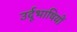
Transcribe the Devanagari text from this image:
उर्दूभाषियों